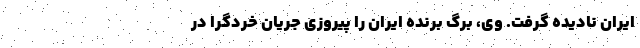
ایران نادیده گرفت. وی، برگ برنده ایران را پیروزی جریان خردگرا در